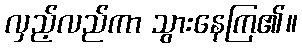
လှည့်လည်ကာ သွားနေကြ၏။